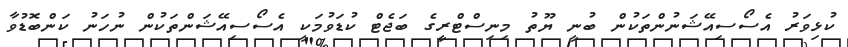
ކުޅިވަރު އެސޯސިއޭޝަނުންތަކުން ބުނީ ޔޫތު މިނިސްޓްރީގެ ބަޖެޓް ކުޑަވުމަކީ އެސޯސިއޭޝަންތަކުން ނުހަނު ކަންބޮޑުވާ